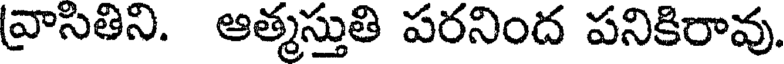
వ్రాసితిని. ఆత్మస్తుతి పరనింద పనికిరావు.